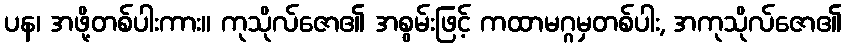
ပန၊ အဖို့တစ်ပါးကား။ ကုသိုလ်ဇော၏ အစွမ်းဖြင့် ကထာမဂ္ဂမှတစ်ပါး, အကုသိုလ်ဇော၏